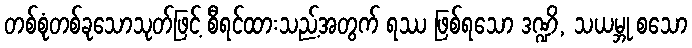
တစ်စုံတစ်ခုသောသုတ်ဖြင့် စီရင်ထားသည့်အတွက် ရဿ ဖြစ်ရသော ဒဏ္ဍိ, သယမ္ဘု စသော